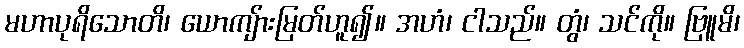
မဟာပုရိသောတိ၊ ယောကျ်ားမြတ်ဟူ၍။ အဟံ၊ ငါသည်။ တွံ၊ သင်ကို။ ဗြူမိ၊